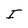
Character: I